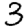
Digit: 3